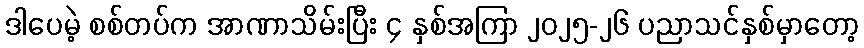
ဒါပေမဲ့ စစ်တပ်က အာဏာသိမ်းပြီး ၄ နှစ်အကြာ ၂၀၂၅-၂၆ ပညာသင်နှစ်မှာတော့